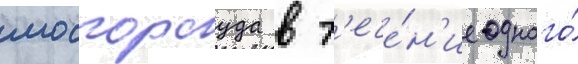
мосгорсуда в т'ече́н'ие одного́